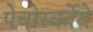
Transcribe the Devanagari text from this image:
पेचोर्स्कोये